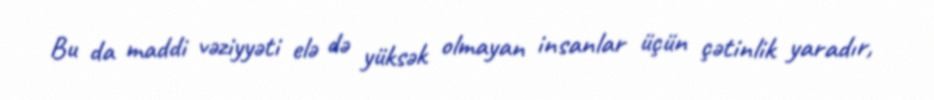
Bu da maddi vəziyyəti elə də yüksək olmayan insanlar üçün çətinlik yaradır,